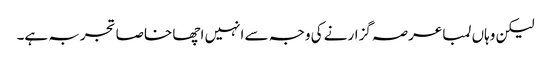
لیکن وہاں لمبا عرصہ گزارنے کی وجہ سے انہیں اچھا خاصا تجربہ ہے۔